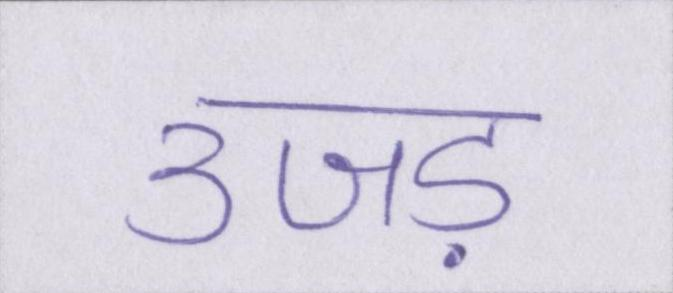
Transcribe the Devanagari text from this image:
उजड़